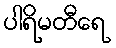
ပါရိမတီရေ